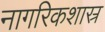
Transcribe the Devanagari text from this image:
नागरिकशास्र